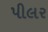
પીલર